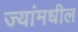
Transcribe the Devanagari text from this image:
ज्यांमधील